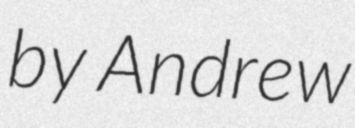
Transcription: by Andrew